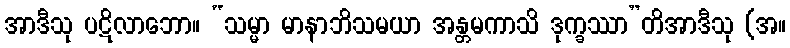
အာဒီသု ပဋိလာဘော။ “သမ္မာ မာနာဘိသမယာ အန္တမကာသိ ဒုက္ခဿာ”တိအာဒီသု (အ။